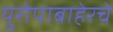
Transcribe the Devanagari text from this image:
युरोपाबाहेरचे